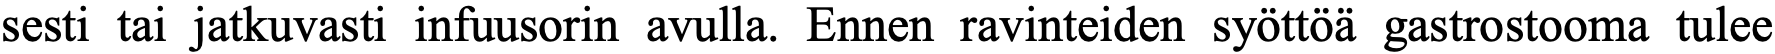
sesti tai jatkuvasti infuusorin avulla. Ennen ravinteiden syöttöä gastrostooma tulee